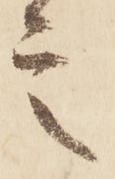
言